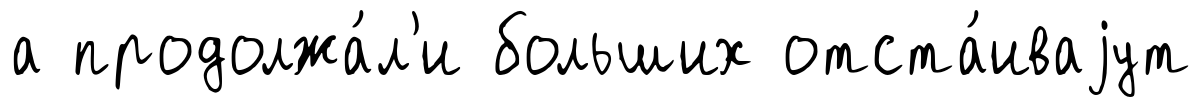
а продолжа́л'и больших отста́иваjут